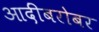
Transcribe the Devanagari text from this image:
आदींबरोबर